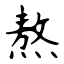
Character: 熬